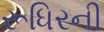
રૂધિરની